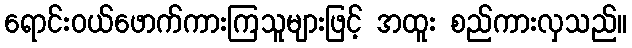
ရောင်းဝယ်ဖောက်ကားကြသူများဖြင့် အထူး စည်ကားလှသည်။